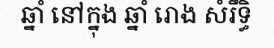
ឆ្នាំ នៅក្នុង ឆ្នាំ រោង សំរឹទ្ធិ